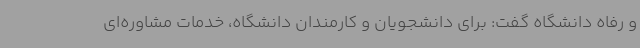
و رفاه دانشگاه گفت: برای دانشجویان و کارمندان دانشگاه، خدمات مشاوره‌ای